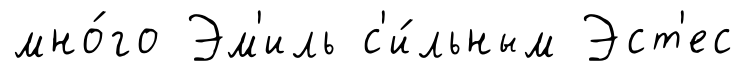
мно́го Эм'иль с'и́льным Эст'ес